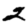
Digit: 2